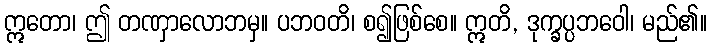
ဣတော၊ ဤ တဏှာလောဘမှ။ ပဘဝတိ၊ စ၍ဖြစ်စေ။ ဣတိ, ဒုက္ခပ္ပဘဝေါ၊ မည်၏။